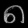
Digit: ၈